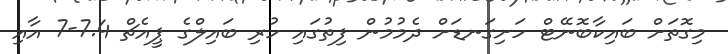
މިގޮތަށް ބައިކާބޮނޭޓް ހަށިގަނޑަށް ދެމުމުން ފިތުގައި ހުރި ބައިލްގެ ޕީއެޗް 7.4-7 އާއި